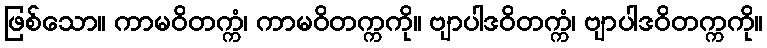
ဖြစ်သော။ ကာမဝိတက္ကံ၊ ကာမဝိတက္ကကို။ ဗျာပါဒဝိတက္ကံ၊ ဗျာပါဒဝိတက္ကကို။